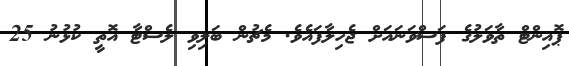
ޕޮއިންޓް ތާވަލުގެ ފަސްވަނައަށް ޖެހިލާފައެވެ. މެޗުން ބަލިވި ލެސްޓާ އޮތީ ކުޅުނު 25